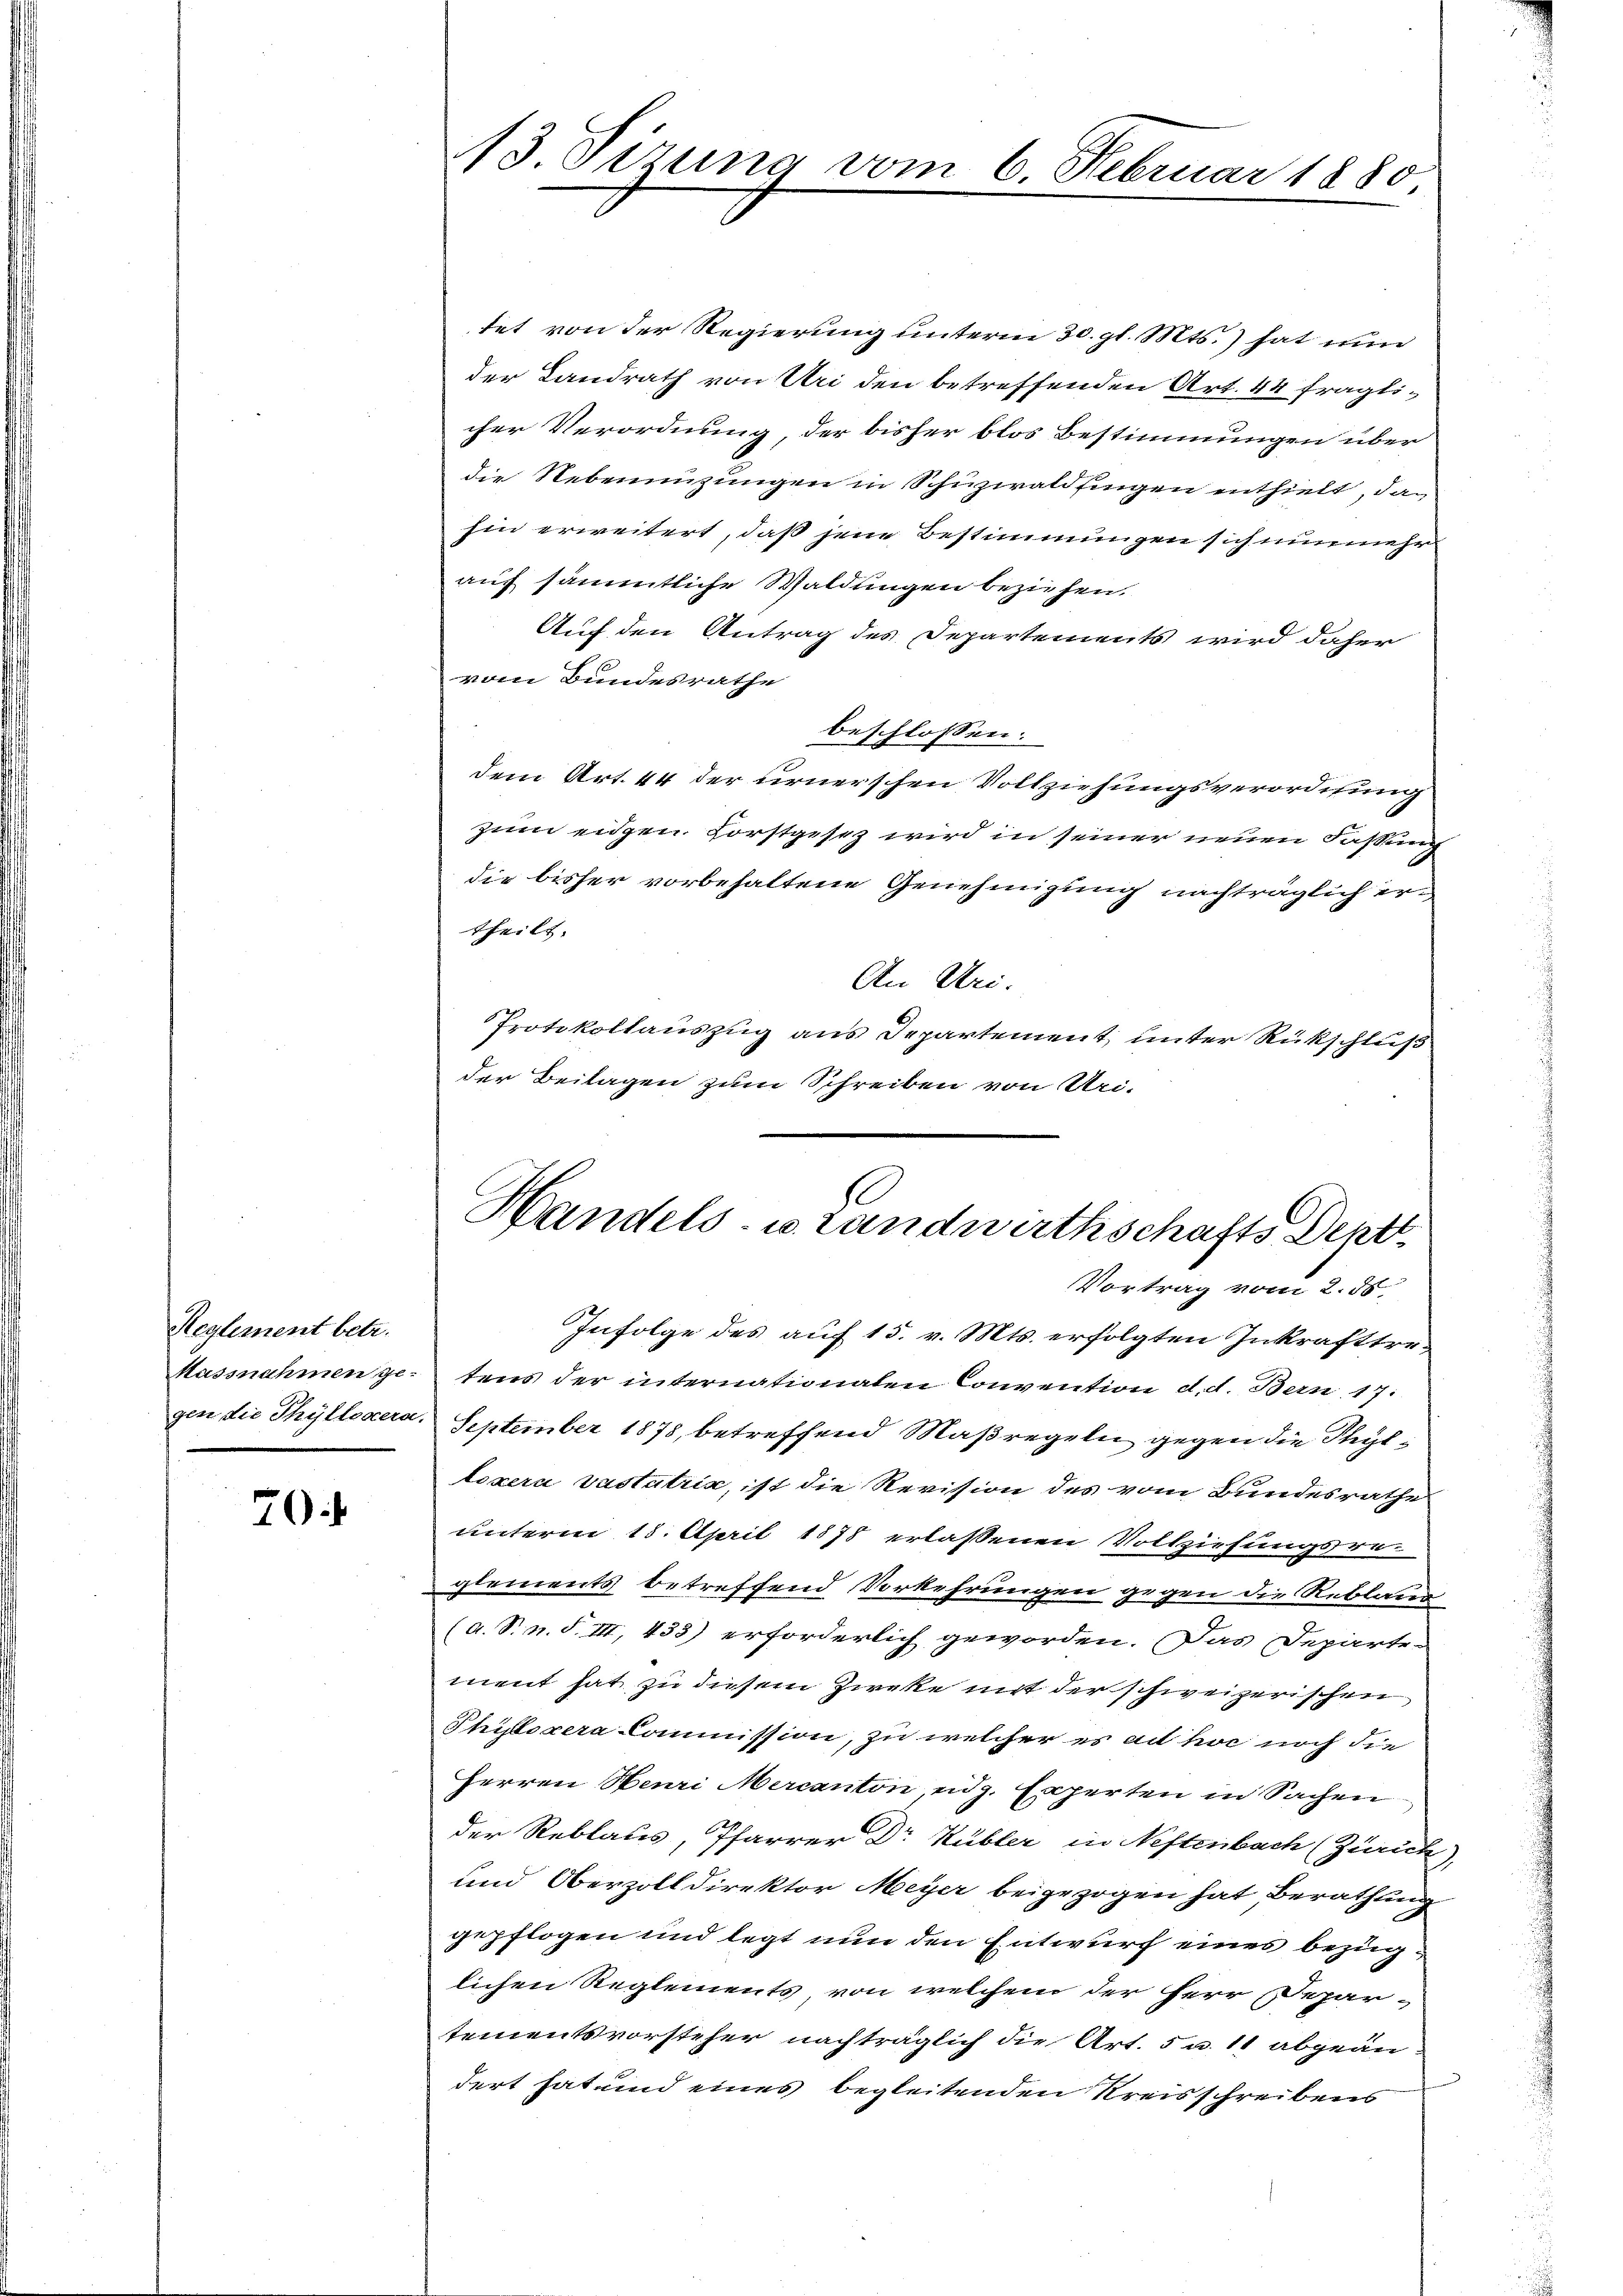
Reglement betr.

7

13. Sizung vom 6. Februar 1880

tet von der Regierung unterm 30. gl. Mts. hat nun
der Landrath von Uri den betreffenden Art. 44 fraglicher Verordnung, der bisher blos Bestimmungen über
die Nebenenzungen in Schuzwaldsingen enthielt, da
hin erweitert, daß jene Bestimmungen sich nunmehr
auf sämmtliche Waldungen beziehen.
Auf den Antrag des Departements wird daher
vom Bundesrathe
beschlossen:
dem Art. 44 der urnerschen Vollziehungsverordnung
zum eidgen. Forstgesez wird in seiner neuen Fassung
die bisher vorbehaltene Genehmigung nachträglich ertheilt. |
An Uri.
Protokollauszug aus Departement, unter Rückschluß
der Beilagen zum Schreiben von Uri-

Handels- u. Landwirthschafts Dept¬

Vortrag vom 2. 50.
Infolge des auf 15. v. Mts. erfolgten Inkrafttre¬
Massnahmen getens der internationalen Convention d. d. Bern 17:
gen die Thyllosera. September 1878, betreffend Maßregeln gegen die Stelloxera vastatrix, ist die Revision des vom Bundesrathe
unterm 18. April 1878 erlassenen Vollziehungsreglements betreffend Vorkehrungen gegen die Reblaue
(a. S. n. F. III, 433) erforderlich geworden. Das Departe-
ment hat zu diesem Zirke mit der schweizerischen
Phiflszera Commission, zu welcher es ad hoc noch die
Herren Henri Mercanton, eidg. Experten in Sachen
der Reblaus, Pfarrer Dr. Kübler in Neftenbach (Zürich)
und Oberzolldirektor Meyer beigezogen hat, Berathung
gepflogen und legt nun den Entwurf eines bezüglichen Reglements, von welchem der Herr Depar-
tementsvorsteher nachträglich die Art. 5 u. 11 abgeän-
dert hat und eines begleitenden Kreisschreibens